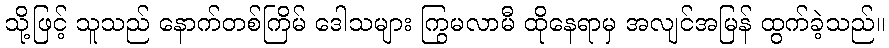
သို့ဖြင့် သူသည် နောက်တစ်ကြိမ် ဒေါသများ ကြွမလာမီ ထိုနေရာမှ အလျင်အမြန် ထွက်ခဲ့သည်။